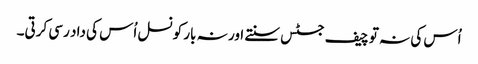
اُس کی نہ تو چیف جسٹس سنتے اور نہ بار کونسل اُس کی داد رسی کرتی۔